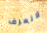
لانعرف